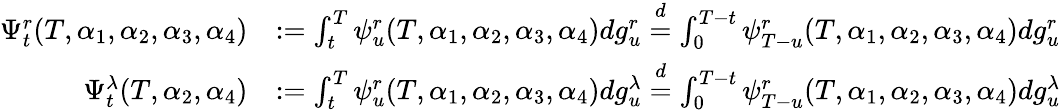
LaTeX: \begin{array}{rl}{\Psi_{t}^{r}(T,\alpha_{1},\alpha_{2},\alpha_{3},\alpha_{4})}&{:=\int_{t}^{T}\psi_{u}^{r}(T,\alpha_{1},\alpha_{2},\alpha_{3},\alpha_{4})dg_{u}^{r}\stackrel{d}{=}\int_{0}^{T-t}\psi_{T-u}^{r}(T,\alpha_{1},\alpha_{2},\alpha_{3},\alpha_{4})dg_{u}^{r}}\\ {\Psi_{t}^{\lambda}(T,\alpha_{2},\alpha_{4})}&{:=\int_{t}^{T}\psi_{u}^{r}(T,\alpha_{1},\alpha_{2},\alpha_{3},\alpha_{4})dg_{u}^{\lambda}\stackrel{d}{=}\int_{0}^{T-t}\psi_{T-u}^{r}(T,\alpha_{1},\alpha_{2},\alpha_{3},\alpha_{4})dg_{u}^{\lambda}}\end{array}